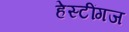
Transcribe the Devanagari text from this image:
हेस्टींगज